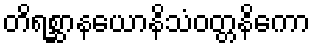
တိရစ္ဆာနယောနိသံဝတ္တနိကော